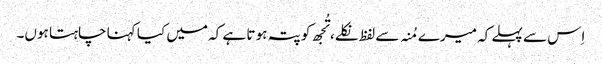
اِس سے پہلے کہ میرے مُنہ سے لفظ نکلے، تُجھ کو پتہ ہو تا ہے کہ میں کیا کہنا چاہتا ہوں۔